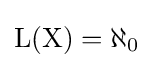
{\rm {{L}(X)=\aleph _{0}}}